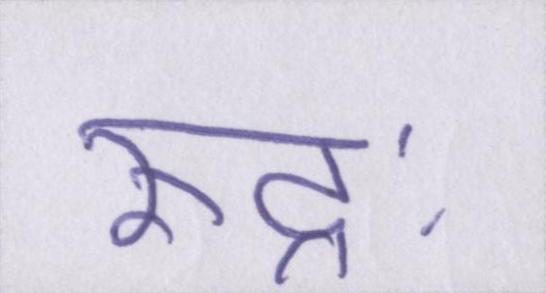
रुद्रः